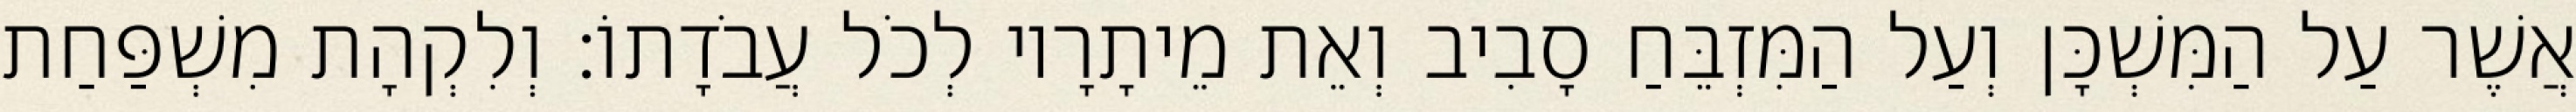
אֲשֶׁר עַל הַמִּשְׁכָּן וְעַל הַמִּזְבֵּחַ סָבִיב וְאֵת מֵיתָרָיו לְכֹל עֲבֹדָתוֹ׃ וְלִקְהָת מִשְׁפַּחַת